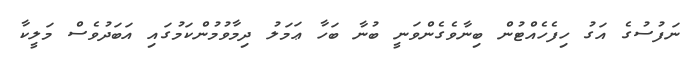
ނަފުސުގެ އަގު ހިފެހެއްޓުން ބިނާވެގެންވަނީ ބުނާ ބަހާ ޢަމަލު ދިމާވުމުންކަމުގައި އަބަދުވެސް މަލީކާ